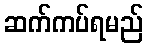
ဆက်ကပ်ရမည်